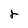
Character: r